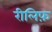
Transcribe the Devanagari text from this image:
रीलिफ़